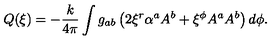
Q ( \xi ) = - { \frac { k } { 4 \pi } } \int g _ { a b } \left( 2 \xi ^ { r } \alpha ^ { a } A ^ { b } + \xi ^ { \phi } A ^ { a } A ^ { b } \right) d \phi .